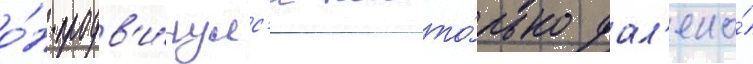
о́н продв'и́нулс'я насто́лько дал'еко́